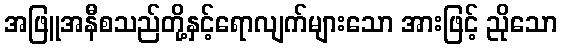
အဖြူအနီစသည်တို့နှင့်ရောလျက်များသော အားဖြင့် ညိုသော